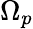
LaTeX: \Omega_{p}